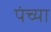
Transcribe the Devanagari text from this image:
पंच्या